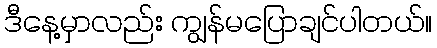
ဒီနေ့မှာလည်း ကျွန်မပြောချင်ပါတယ်။